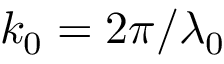
k _ { 0 } = 2 \pi / \lambda _ { 0 }